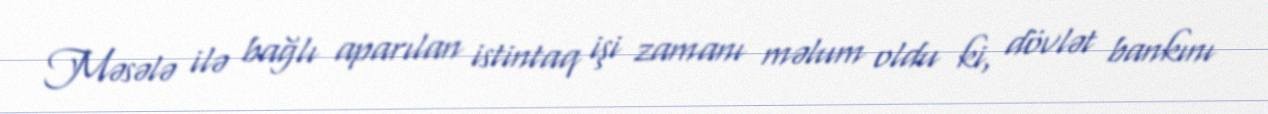
Məsələ ilə bağlı aparılan istintaq işi zamanı məlum oldu ki, dövlət bankını